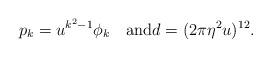
LaTeX: \begin{align*}p_{k} = u^{k^2-1}\phi_{k}\quad\mbox{and}d =(2\pi \eta^2 u)^{12}.\end{align*}